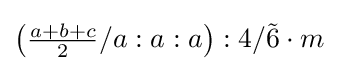
\left({\tfrac {a+b+c}{2}}/a:a:a\right):4/{\tilde {6}}\cdot m